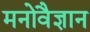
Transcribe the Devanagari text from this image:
मनोवैज्ञान